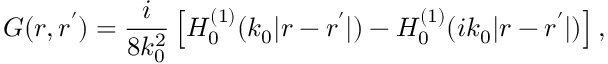
G ( \boldsymbol { r } , \boldsymbol { r ^ { \prime } } ) = \frac { i } { 8 k _ { 0 } ^ { 2 } } \left[ H _ { 0 } ^ { ( 1 ) } ( k _ { 0 } | \boldsymbol { r } - \boldsymbol { r ^ { \prime } } | ) - H _ { 0 } ^ { ( 1 ) } ( i k _ { 0 } | \boldsymbol { r } - \boldsymbol { r ^ { \prime } } | ) \right] ,